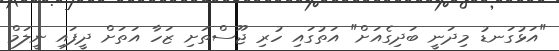
"އަޅުގަނޑު މިދަނީ ބަދިގެއަށް" އަތުގައި ހުރި ޖޫސްތަށި ޒަހާ އަތަށް ދީފައި ނީލަމް